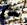
عن